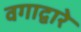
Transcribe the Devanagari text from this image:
वगाद्वारे